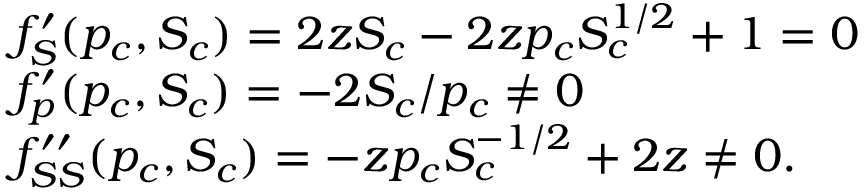
\begin{array} { r l } & { f _ { S } ^ { \prime } ( p _ { c } , S _ { c } ) = 2 z S _ { c } - 2 z p _ { c } S _ { c } ^ { 1 / 2 } + 1 = 0 } \\ & { f _ { p } ^ { \prime } ( p _ { c } , S _ { c } ) = - 2 S _ { c } / p _ { c } \neq 0 } \\ & { f _ { S S } ^ { \prime \prime } ( p _ { c } , S _ { c } ) = - z p _ { c } S _ { c } ^ { - 1 / 2 } + 2 z \neq 0 . } \end{array}